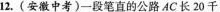
12.(安徽中考)一段笔直的公路AC长20千